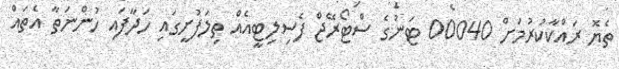
ތެޔޮ ރައްކާކުރުމަށް 00040 ޓަނުގެ ސްޓޯރޭޖް ފެސިލިޓީއެއް ތިލަފުށީގައި ހަދާފައި ހުންނަތާ އެތައް